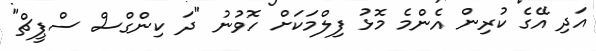
އަދި އޭގެ ކުރިން އެންމެ މޮޅު ފިލްމަކަށް ހޮވުނު "ދަ ކިންގްސް ސްޕީޗް"